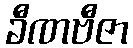
ခီဏဗီဇာ